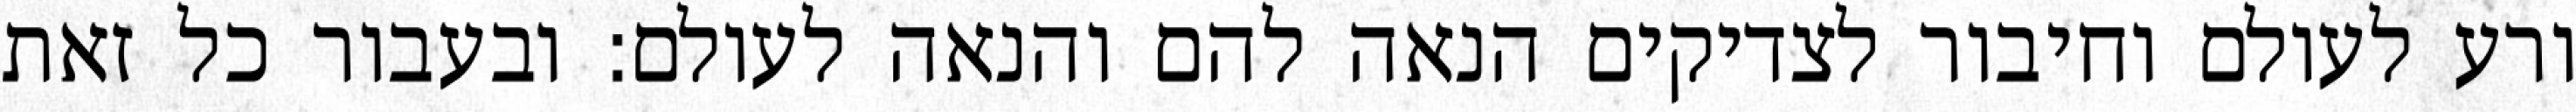
ורע לעולם וחיבור לצדיקים הנאה להם והנאה לעולם: ובעבור כל זאת